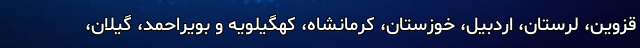
قزوین، لرستان، اردبیل، خوزستان، کرمانشاه، کهگیلویه و بویراحمد، گیلان،